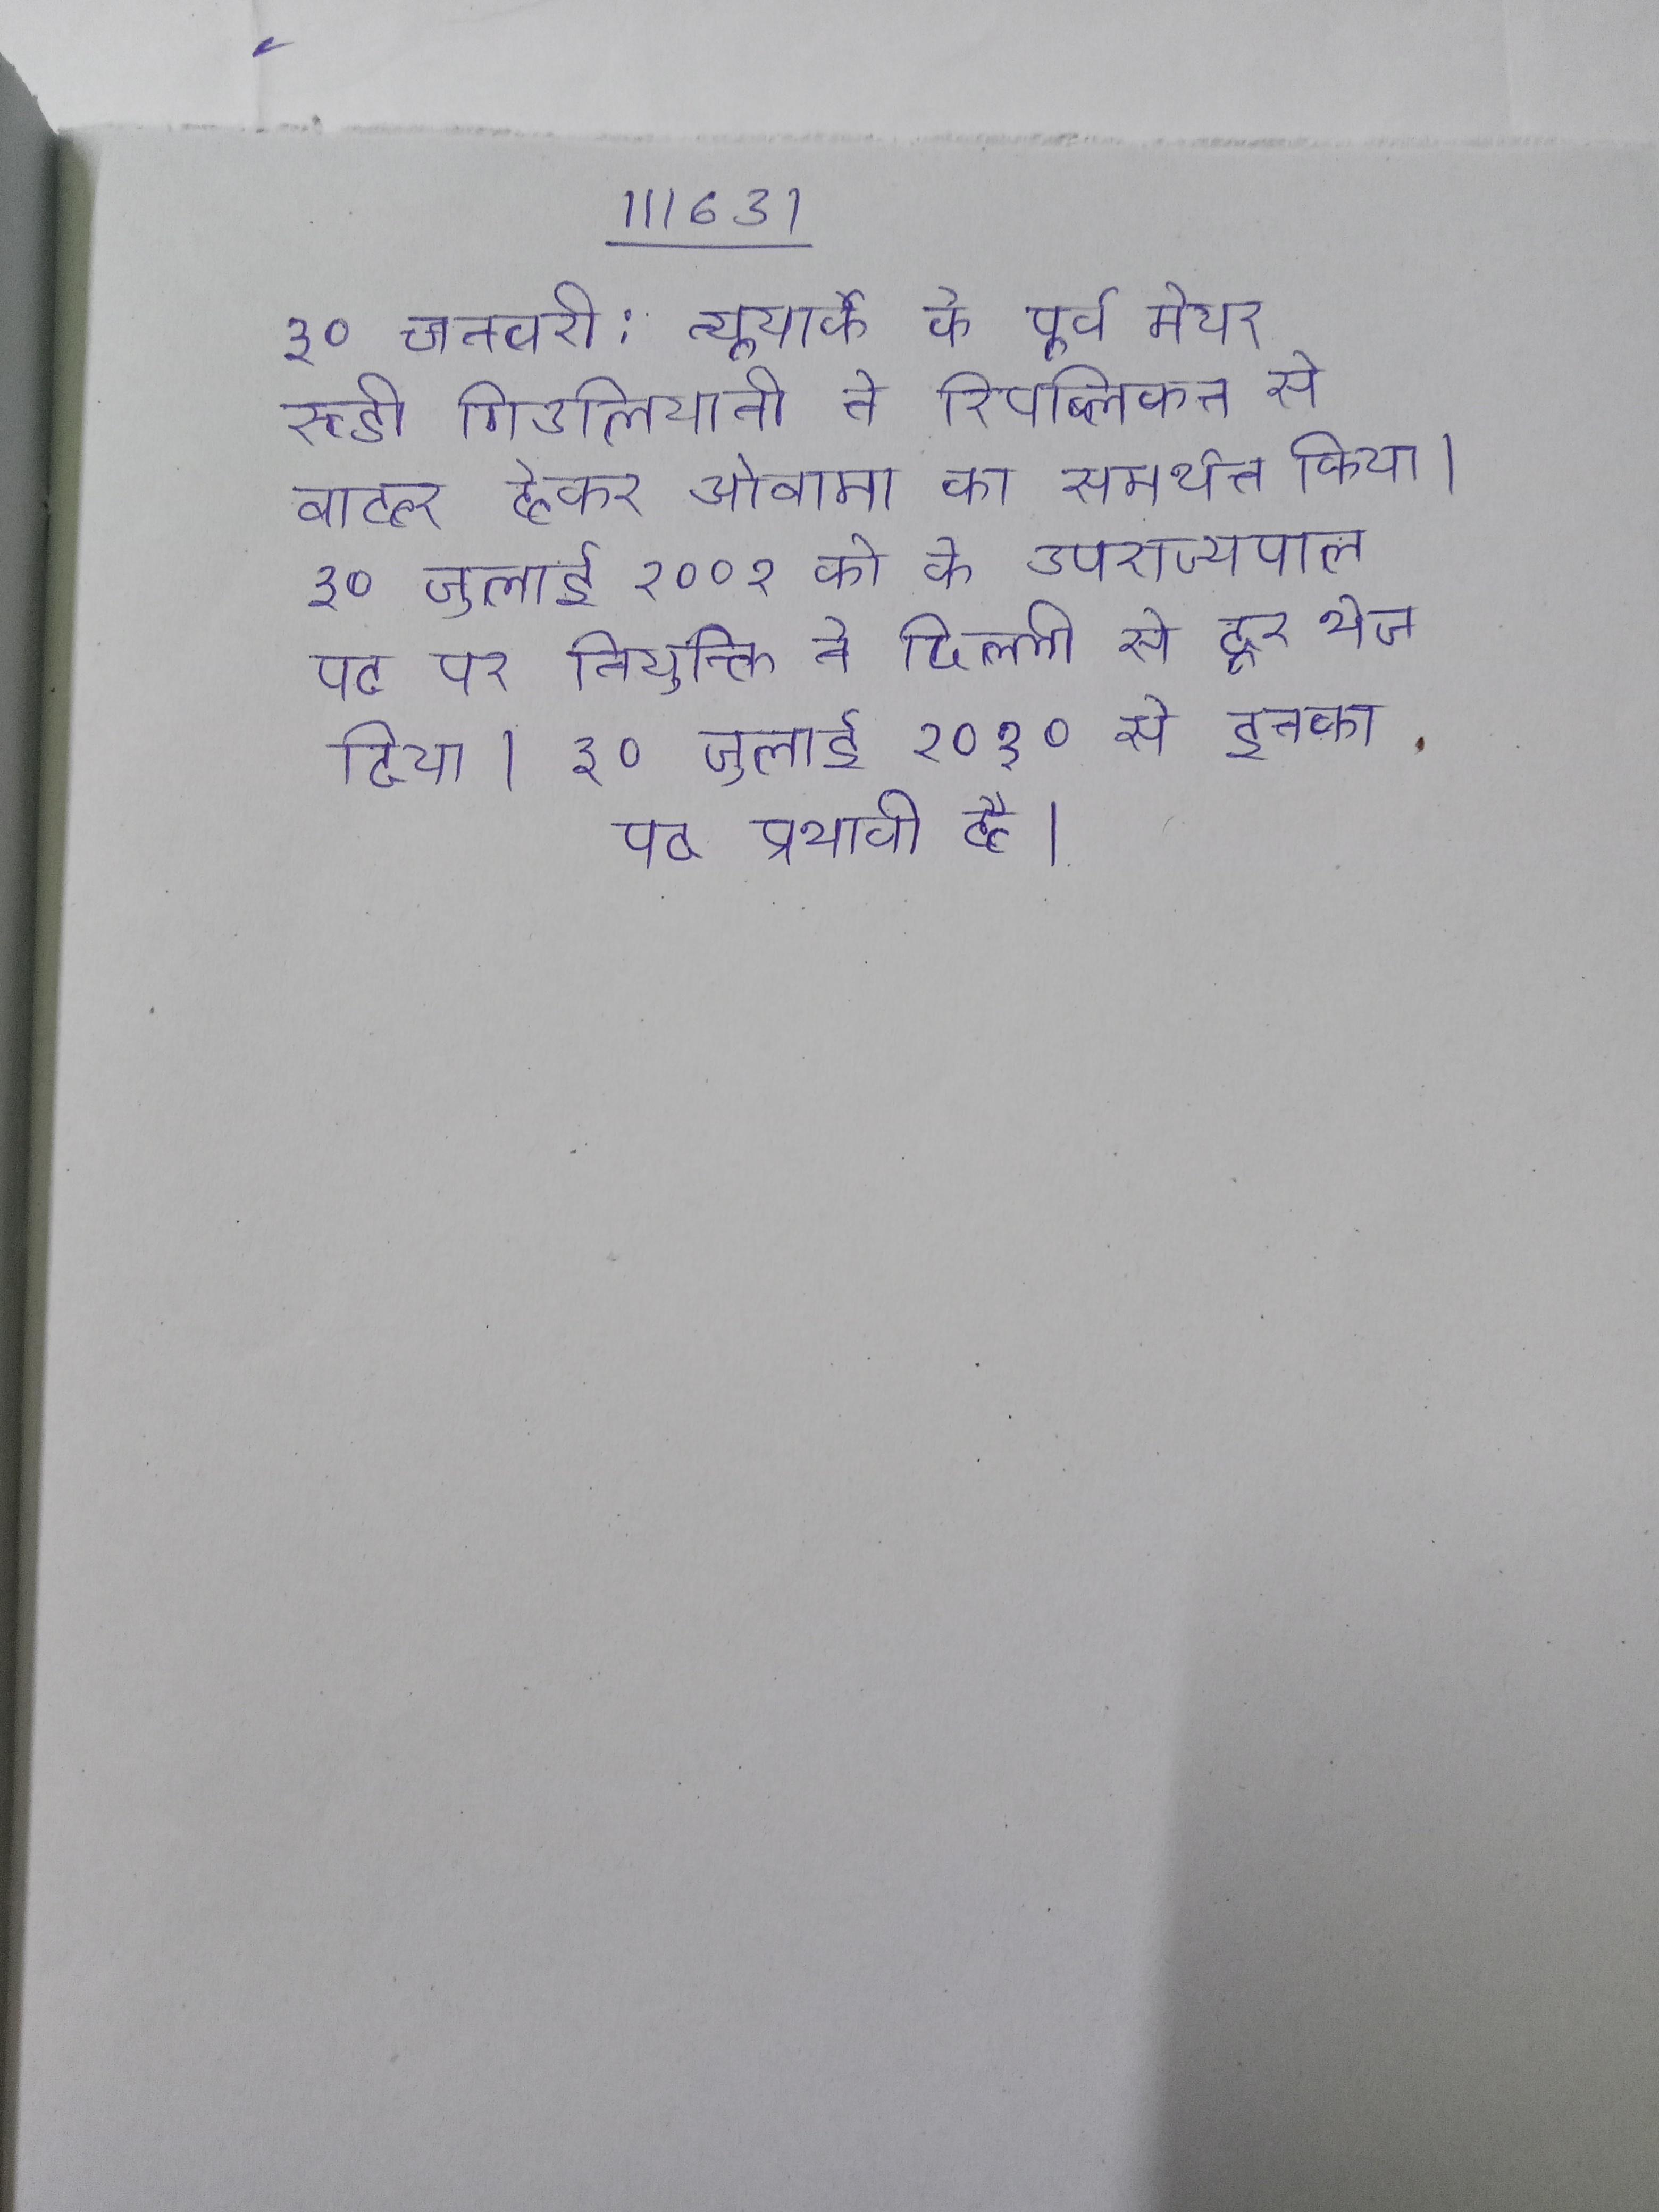
३० जनवरी: न्यूयार्क के पूर्व मेयर रुडी गिउलियानी ने रिपब्लिकन से बाहर होकर ओबामा का समर्थन किया । ३० जुलाई २००२ को के उपराज्यपाल पद पर नियुक्ति ने दिल्ली से दूर भेज दिया । ३० जुलाई २०१० से इनका पद प्रभावी है ।